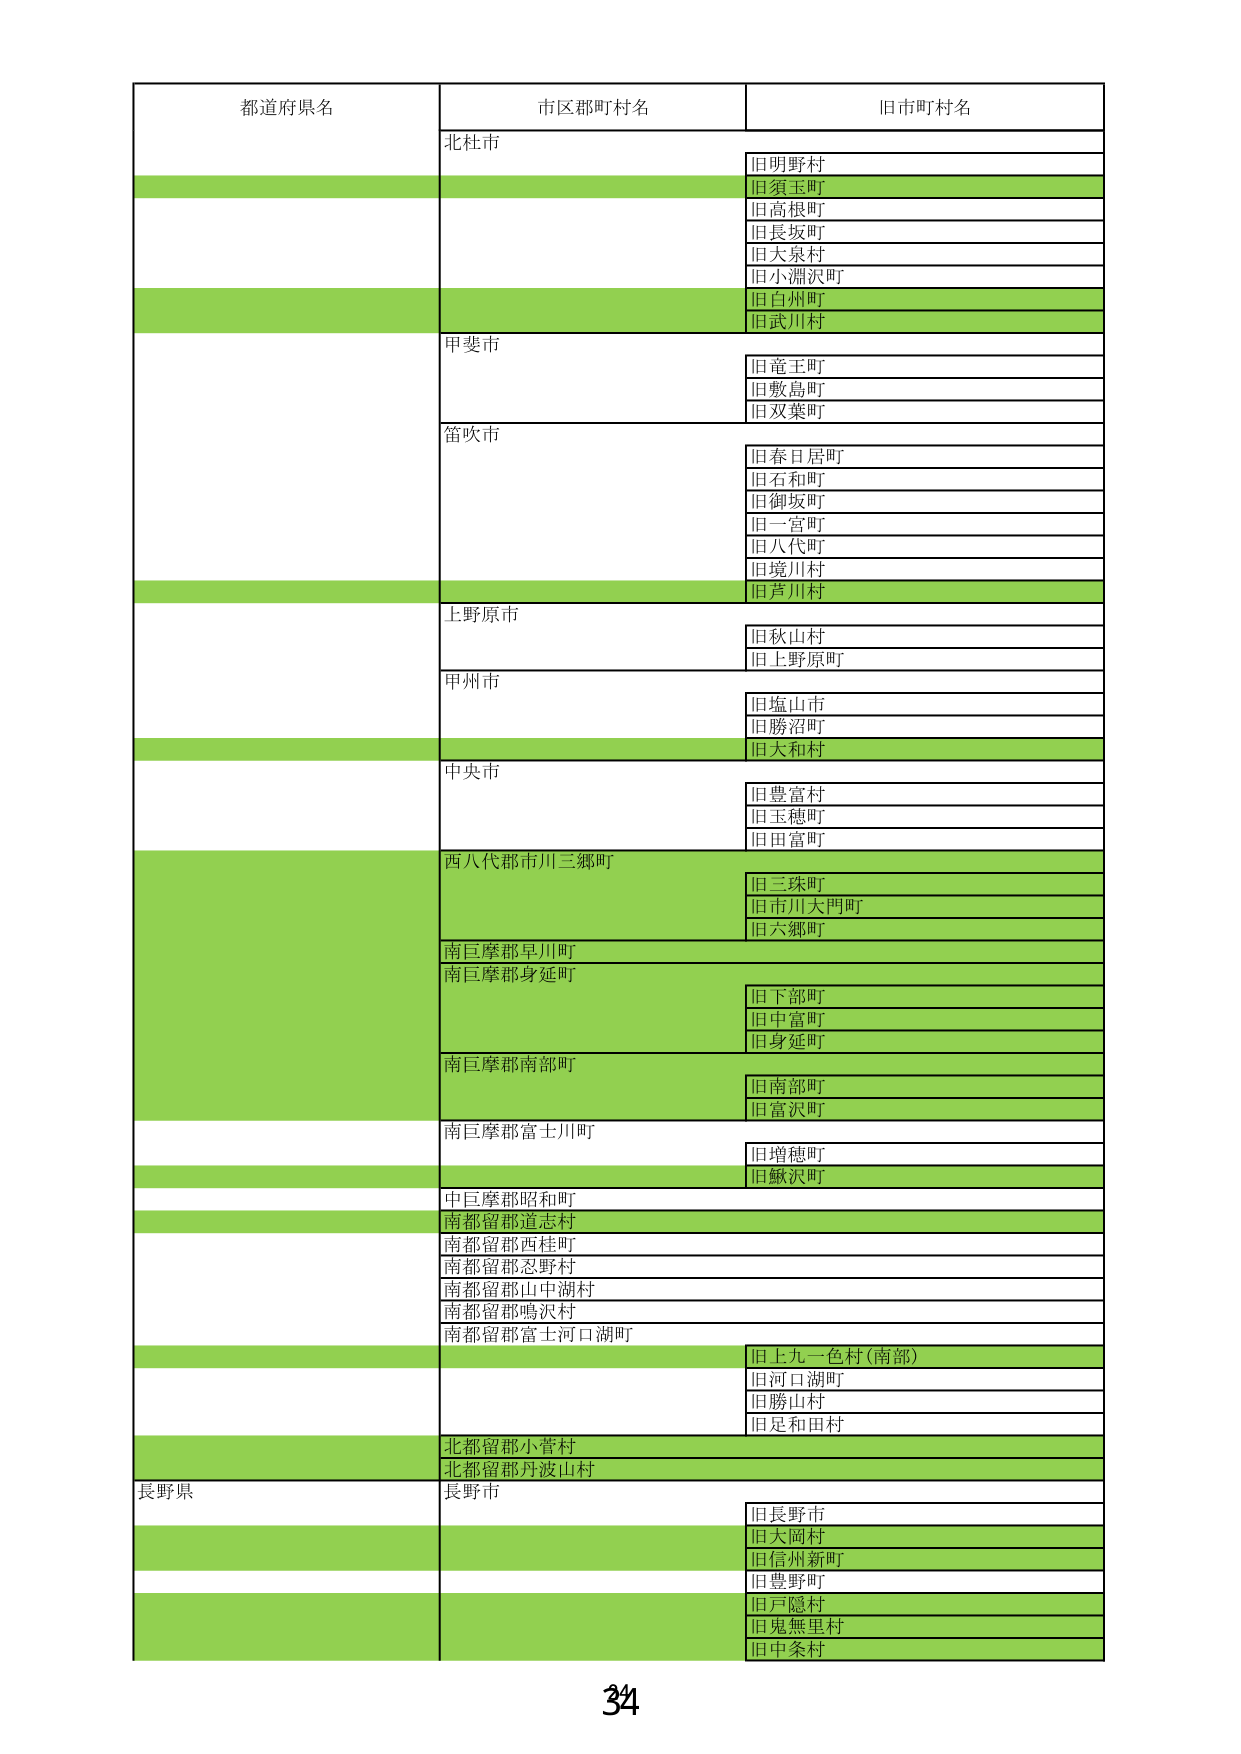
都道府県名
市区郡町村名
旧市町村名
北杜市
旧明野村
旧須玉町
旧高根町
旧長坂町
旧大泉村
旧小淵沢町
旧白州町
旧武川村
甲斐市
旧竜王町
旧敷島町
旧双葉町
笛吹市
旧春日居町
旧石和町
旧御坂町
旧一宮町
旧八代町
旧境川村
旧芦川村
上野原市
旧秋山村
旧上野原町
甲州市
旧塩山市
旧勝沼町
旧大和村
中央市
旧豊富村
旧玉穂町
旧田富町
西八代郡市川三郷町
旧三珠町
旧市川大門町
旧六郷町
南巨摩郡早川町
南巨摩郡身延町
旧下部町
旧中富町
旧身延町
南巨摩郡南部町
旧南部町
旧富沢町
南巨摩郡富士川町
旧増穂町
旧鰍沢町
中巨摩郡昭和町
南都留郡道志村
南都留郡西桂町
南都留郡忍野村
南都留郡山中湖村
南都留郡鳴沢村
南都留郡富士河口湖町
旧上九一色村(南部)
旧河口湖町
旧勝山村
旧足和田村
北都留郡小菅村
北都留郡丹波山村
長野県
長野市
旧長野市
旧大岡村
旧信州新町
旧豊野町
旧戸隠村
旧鬼無里村
旧中条村
34